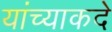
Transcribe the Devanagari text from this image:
यांच्याकदे